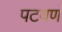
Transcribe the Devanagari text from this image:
पटवणं